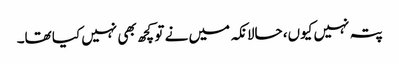
پتہ نہیں کیوں، حالانکہ میں نے تو کچھ بھی نہیں کیا تھا۔